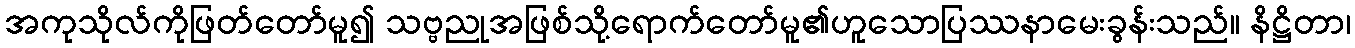
အကုသိုလ်ကိုဖြတ်တော်မူ၍ သဗ္ဗညုအဖြစ်သို့ရောက်တော်မူ၏ဟူသောပြဿနာမေးခွန်းသည်။ နိဋ္ဌိတာ၊